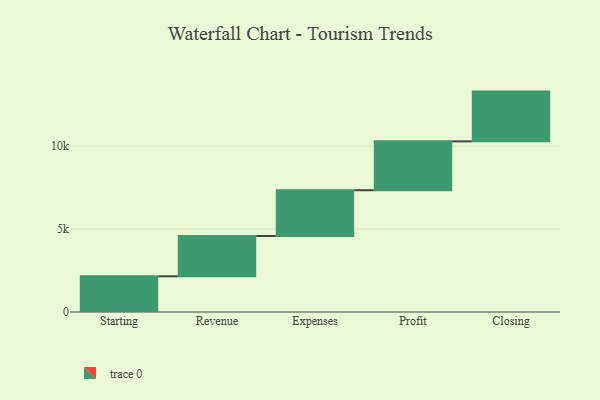
{"axis": {"x": "Step", "y": "Value"}, "legend": [""], "data": [{"x": "Starting", "y": 2152.0, "type": ""}, {"x": "Revenue", "y": 2429.0, "type": ""}, {"x": "Expenses", "y": 2761.0, "type": ""}, {"x": "Profit", "y": 2945.0, "type": ""}, {"x": "Closing", "y": 3000, "type": ""}]}